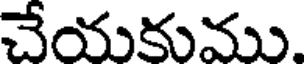
చేయకుము.